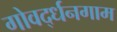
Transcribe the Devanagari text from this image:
गोवर्द्धनगाम